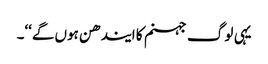
یہی لو گ جہنم کا ایندھن ہوں گے‘‘۔